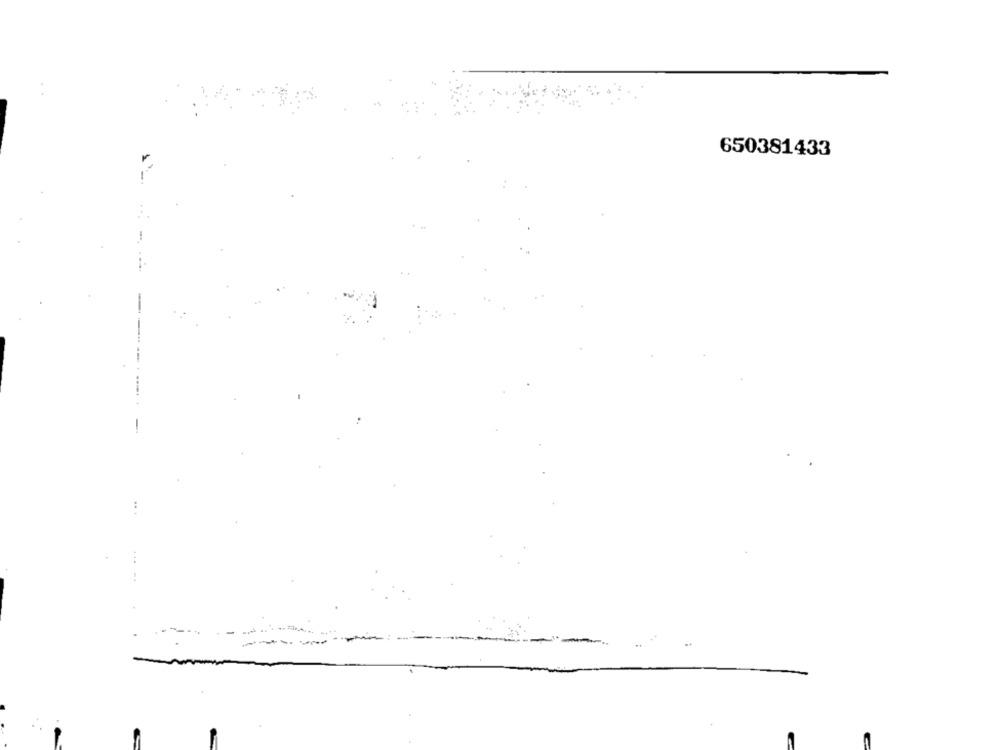
650381433